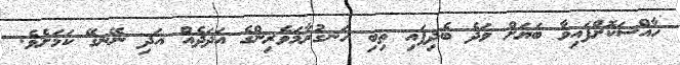
ހާއްސަކޮށްފައިވާ ބަޔަށް ވަދެ ބެދިފައި ތިބި ހަނގުރާމަވެރިންގެ އަދަދެއް އަދި ނޭނގޭ ކަމަށެވެ.